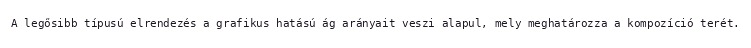
A legősibb típusú elrendezés a grafikus hatású ág arányait veszi alapul, mely meghatározza a kompozíció terét.